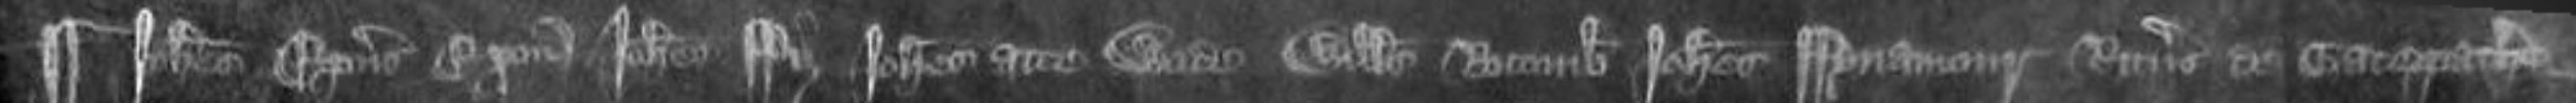
¶ Johannes episcopus Exonie Johannes Fitz Johannes atte Wode Willelmus Rocomb Johannes Fynamour Ricardus de Gatepathe